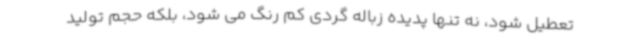
تعطیل شود، نه تنها پدیده زباله گردی کم رنگ می شود، بلکه حجم تولید